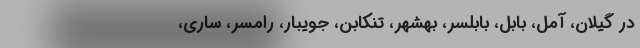
در گیلان، آمل، بابل، بابلسر، بهشهر، تنکابن، جویبار، رامسر، ساری،